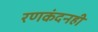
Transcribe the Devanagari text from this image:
रणकंदनही